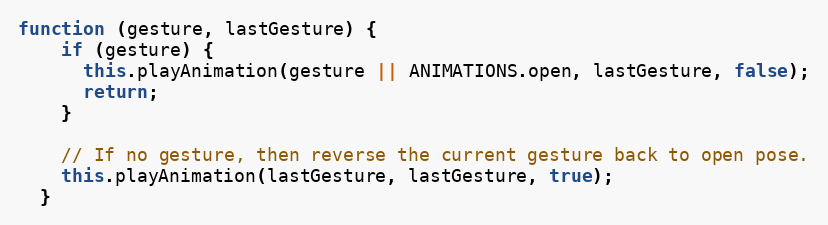
Language: JavaScript
function (gesture, lastGesture) {
    if (gesture) {
      this.playAnimation(gesture || ANIMATIONS.open, lastGesture, false);
      return;
    }

    // If no gesture, then reverse the current gesture back to open pose.
    this.playAnimation(lastGesture, lastGesture, true);
  }